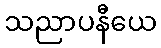
သညာပနီယေ